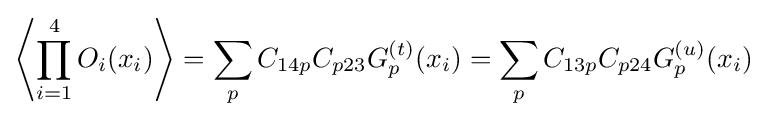
\left\langle \prod _{i=1}^{4}O_{i}(x_{i})\right\rangle =\sum _{p}C_{14p}C_{p23}G_{p}^{(t)}(x_{i})=\sum _{p}C_{13p}C_{p24}G_{p}^{(u)}(x_{i})